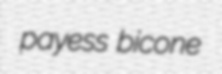
payess bicone